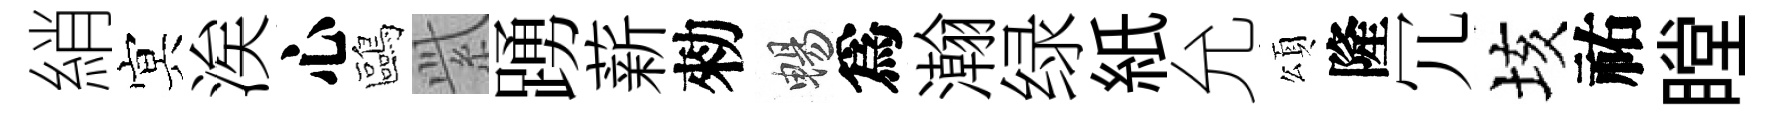
綃㝠涘心鷗𬗋踴薪勑暢爲瀚绿紙允頌隆冗垓祐瞠